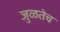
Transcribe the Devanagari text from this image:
जुळतेच